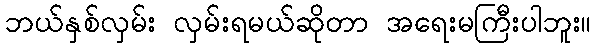
ဘယ်နှစ်လှမ်း လှမ်းရမယ်ဆိုတာ အရေးမကြီးပါဘူး။